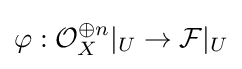
\varphi :{\mathcal {O}}_{X}^{\oplus n}|_{U}\to {\mathcal {F}}|_{U}